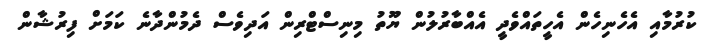
ކުރުމާއި އެހެނިހެން އެހީތައްވެދީ އެއްބާރުލުން ޔޫތު މިނިސްޓްރިން އަދިވެސް ދެމުންދާނެ ކަމަށް ފިރުޝާން